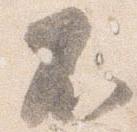
不